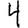
Digit: 4